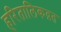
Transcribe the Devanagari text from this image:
हरितालिकव्रत